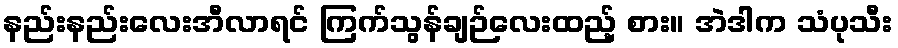
နည်းနည်းလေးအီလာရင် ကြက်သွန်ချဉ်လေးထည့် စား။ အဲဒါက သံပုသီး